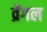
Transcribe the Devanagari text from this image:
व्रेंगल